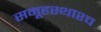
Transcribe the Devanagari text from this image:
समूहस्थाश्च